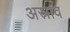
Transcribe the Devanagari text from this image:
अस्राव